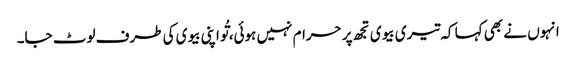
انہوں نے بھی کہا کہ تیری بیوی تجھ پر حرام نہیں ہوئی، تُو اپنی بیوی کی طرف لوٹ جا۔